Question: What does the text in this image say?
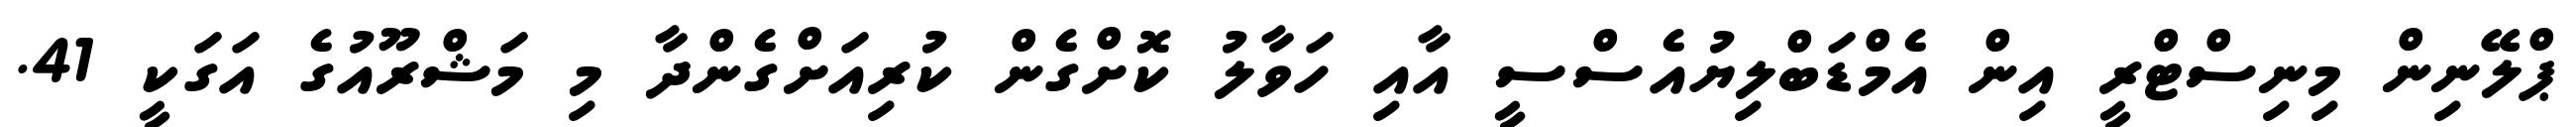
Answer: ޕްލޭނިން މިނިސްޓްރީ އިން އެމްޑަބްލިޔުއެސްސީ އާއި ހަވާލު ކޮށްގެން ކުރިއަށްގެންދާ މި މަޝްރޫއުގެ އަގަކީ 41.